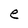
Character: e